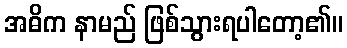
အဓိက နာမည် ဖြစ်သွားရပါတော့၏။